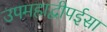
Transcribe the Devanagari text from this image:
उपमहाद्वीपईसा